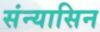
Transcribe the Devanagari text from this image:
संन्यासिन